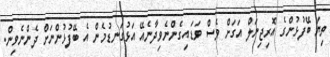
ތިޔަ ބޭފުޅުންގެ އޮރިޖިނަލް އަގަށް ވެސް ވަޑައިގެންނެވިދާނެއޭ އަޅުގަނޑުމެން އެ ބޭފުޅުންނަށް ދެންނެވިން.